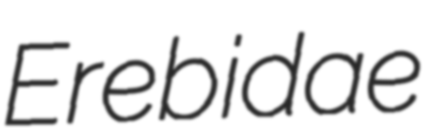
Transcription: Erebidae